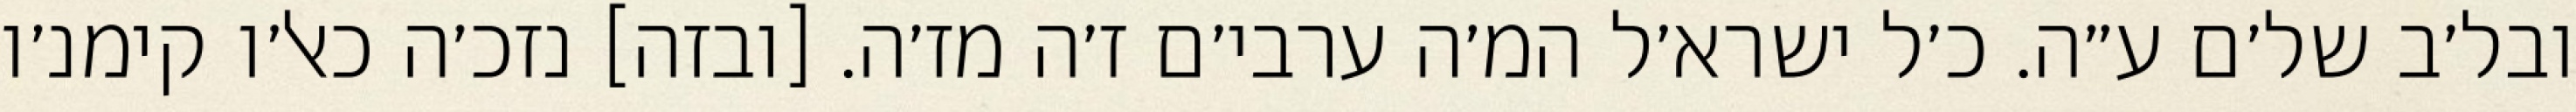
ובל׳ב של׳ם ע״ה. כ׳ל ישרא׳ל המ׳ה ערבי׳ם ז׳ה מז׳ה. [ובזה] נזכ׳ה כאל׳ו קימנ׳ו